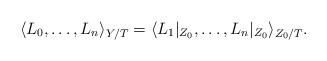
LaTeX: \begin{align*}\langle L_0,\dots,L_n\rangle_{Y/T}=\langle L_1|_{Z_0},\dots,L_n|_{Z_0}\rangle_{Z_0/T}.\end{align*}